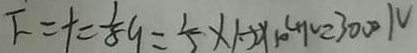
F = t = \frac { 1 } { 8 } 9 = \frac { 1 } { 5 } \times 1 . 2 2 \times 1 0 ^ { 4 } N = 3 0 0 N